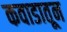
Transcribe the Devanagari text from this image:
कवाडातून